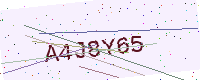
Text: A4J8Y65